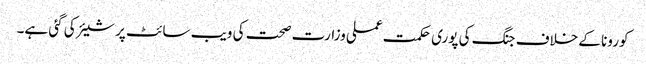
کورونا کے خلاف جنگ کی پوری حکمت عملی وزارت صحت کی ویب سائٹ پر شیئر کی گئی ہے۔